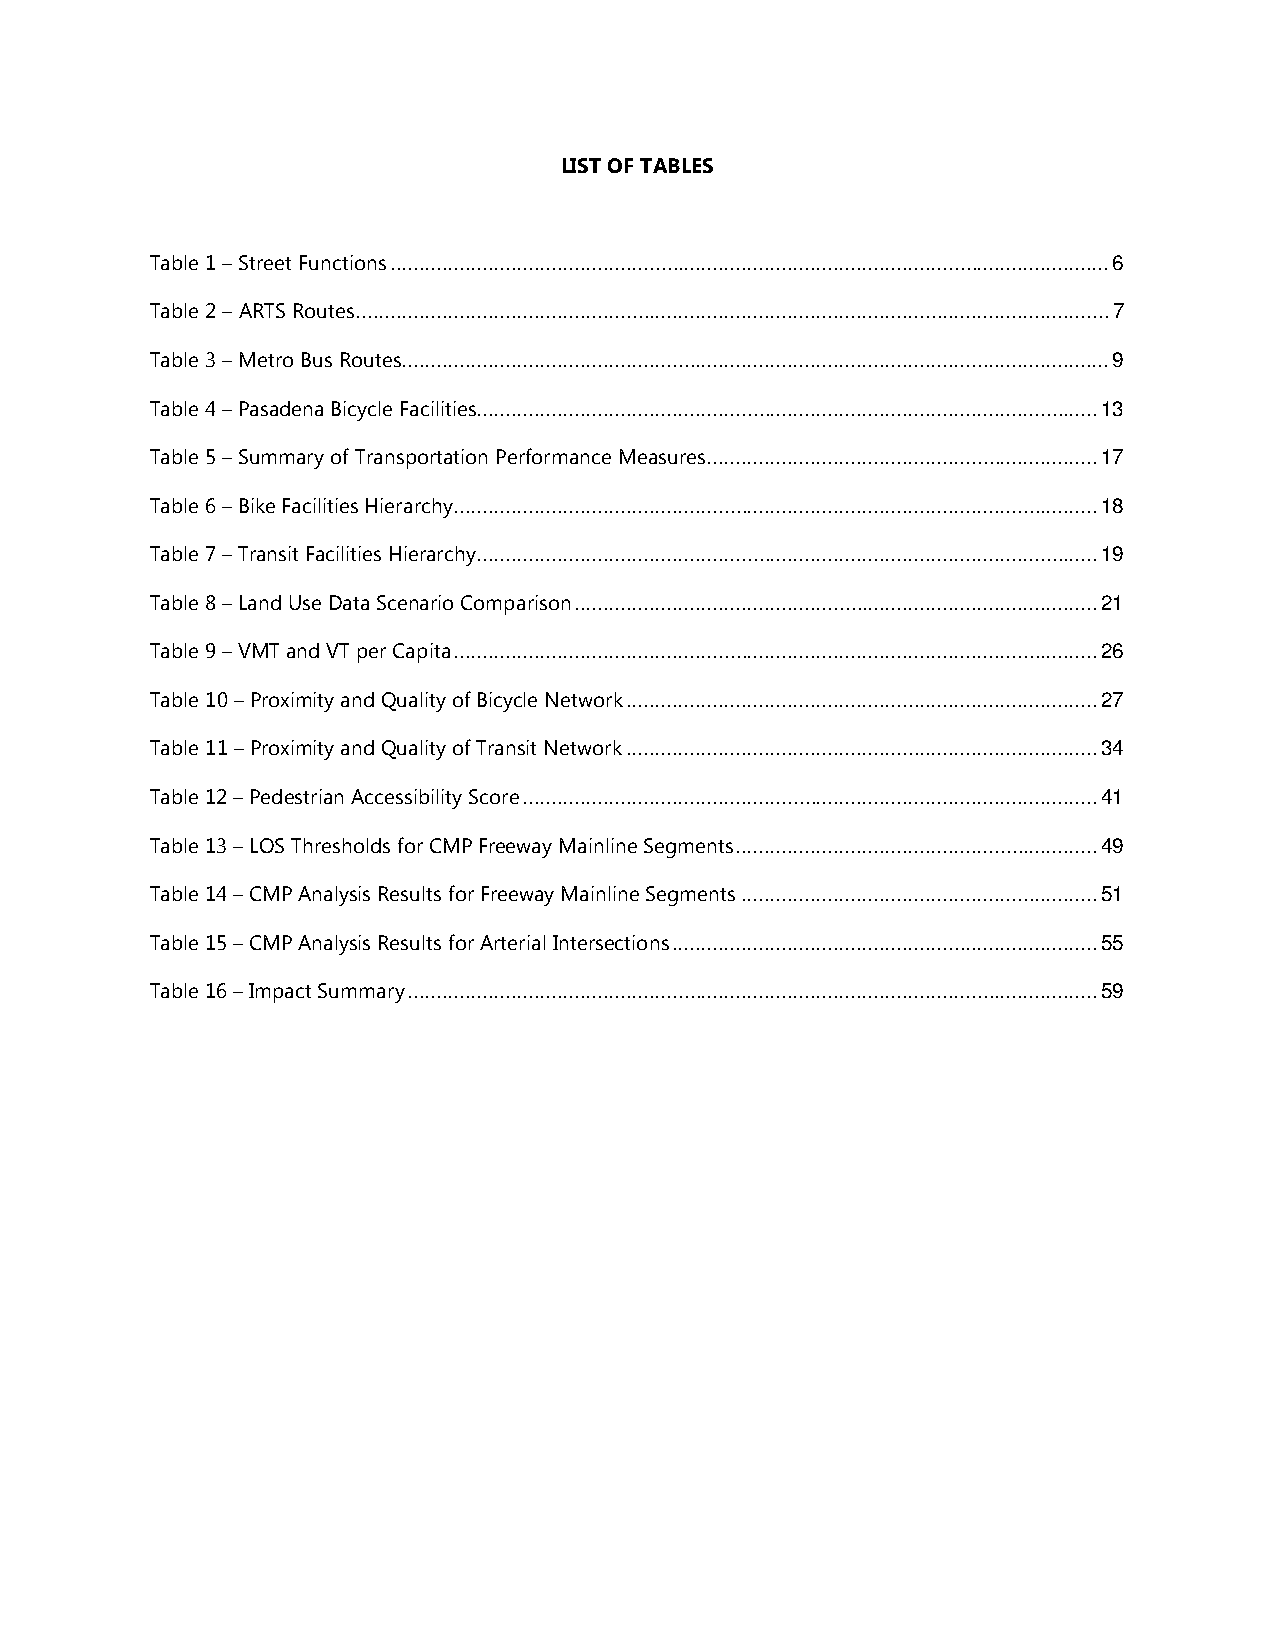
LIST OF TABLES
 Table 1 – Street Functions ............................................................................................................................. 6
 Table 2 – ARTS Routes ................................................................................................................................... 7
 Table 3 – Metro Bus Routes ........................................................................................................................... 9
 Table 4 – Pasadena Bicycle Facilities ............................................................................................................ 13
 Table 5 – Summary of Transportation Performance Measures .................................................................... 17
 Table 6 – Bike Facilities Hierarchy ................................................................................................................ 18
 Table 7 – Transit Facilities Hierarchy ............................................................................................................ 19
 Table 8 – Land Use Data Scenario Comparison ........................................................................................... 21
 Table 9 – VMT and VT per Capita ................................................................................................................ 26
 Table 10 – Proximity and Quality of Bicycle Network .................................................................................. 27
 Table 11 – Proximity and Quality of Transit Network .................................................................................. 34
 Table 12 – Pedestrian Accessibility Score .................................................................................................... 41
 Table 13 – LOS Thresholds for CMP Freeway Mainline Segments ............................................................... 49
 Table 14 – CMP Analysis Results for Freeway Mainline Segments .............................................................. 51
 Table 15 – CMP Analysis Results for Arterial Intersections .......................................................................... 55
 Table 16 – Impact Summary ........................................................................................................................ 59